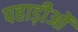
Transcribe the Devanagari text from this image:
पहाड़ीओं